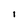
Character: l